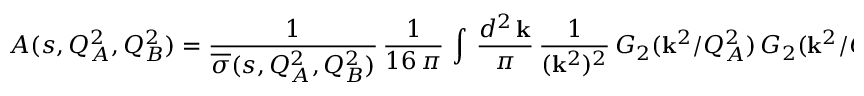
{ \cal A } ( s , Q _ { A } ^ { 2 } , Q _ { B } ^ { 2 } ) = { \frac { 1 } { { \overline { { { \sigma } } } } ( s , Q _ { A } ^ { 2 } , Q _ { B } ^ { 2 } ) } } \, { \frac { 1 } { 1 6 \, \pi } } \, \int \, { \frac { d ^ { 2 } \, { \bf k } } { \pi } } \, { \frac { 1 } { ( { { \bf k } } ^ { 2 } ) ^ { 2 } } } \, G _ { 2 } ( { \bf k } ^ { 2 } / Q _ { A } ^ { 2 } ) \, G _ { 2 } ( { \bf k } ^ { 2 } / Q _ { B } ^ { 2 } ) \; \; \; \; .